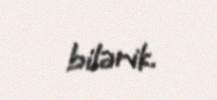
bilərik.